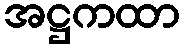
အဋ္ဌကထာ